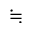
\fallingdotseq